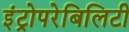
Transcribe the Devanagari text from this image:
इंट्रोपरेबिलिटी